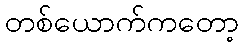
တစ်ယောက်ကတော့